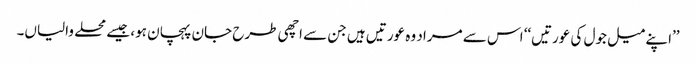
’’اپنے میل جول کی عورتیں‘‘ اس سے مراد وہ عورتیں ہیں جن سے اچھی طرح جان پہچان ہو، جیسے محلے والیاں۔